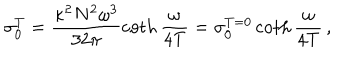
\sigma _ { 0 } ^ { T } = \frac { \kappa ^ { 2 } N ^ { 2 } \omega ^ { 3 } } { 3 2 \pi } \coth { \frac { \omega } { 4 T } } = \sigma _ { 0 } ^ { T = 0 } \coth { \frac { \omega } { 4 T } } \, ,